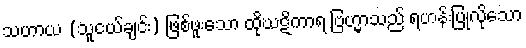
သဟာယ (သူငယ်ချင်း) ဖြစ်ဖူးသော ထိုဃဋိကာရ ဗြဟ္မာသည် ရဟန်းပြုလိုသော